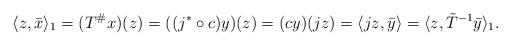
LaTeX: \begin{align*}\langle z,\bar x\rangle_1=(T^\# x)(z)=((j^*\circ c)y)(z)=(cy)(jz)=\langle jz,\bar y\rangle=\langle z,\tilde T^{-1}\bar y\rangle_1.\end{align*}